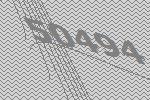
50494